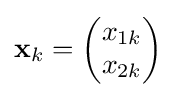
\mathbf {x} _{k}={\begin{pmatrix}x_{1k}\\x_{2k}\end{pmatrix}}